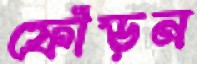
ফোঁড়ন